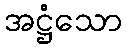
အဋ္ဌံသော